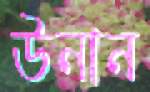
উনান